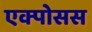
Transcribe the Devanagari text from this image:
एक्पोसस